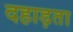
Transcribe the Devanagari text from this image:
दहाड़ता